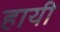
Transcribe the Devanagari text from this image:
हायी